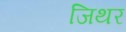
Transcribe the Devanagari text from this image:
जिथर